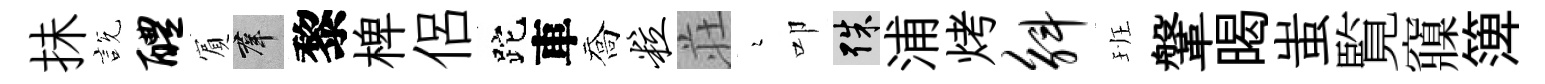
抺説醴賔群黎椑侶跎車喬粒荘瑟叩殊浦烤斛班鞶暍蚩覧䆿𥱼